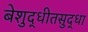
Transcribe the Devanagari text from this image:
बेशुद्धीतसुद्धा